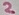
Text: 2